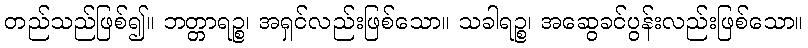
တည်သည်ဖြစ်၍။ ဘတ္တာရဉ္စ၊ အရှင်လည်းဖြစ်သော။ သခါရဉ္စ၊ အဆွေခင်ပွန်းလည်းဖြစ်သော။